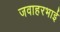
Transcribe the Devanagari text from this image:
जवाहरभाई